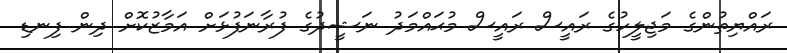
ރައްޔިތުންގެ މަޖިލީހުގެ ރައީސް ރައީސް މުޙައްމަދު ނަޝީދުގެ ފުރާނަފުޅަށް އަމާޒުކޮށް ދިން ފިނޑި